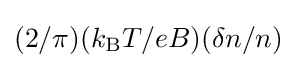
(2/\pi )(k_{\text{B}}T/eB)(\delta n/n)